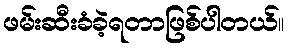
ဖမ်းဆီးခံခဲ့ရတာဖြစ်ပါတယ်။